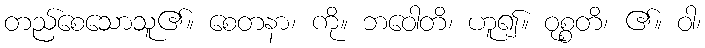
တည်စေသောသူ၏။ စေတနာ၊ ကို။ ဘဝေါတိ၊ ဟူ၍။ ဝုစ္စတိ၊ ၏။ ဝါ၊